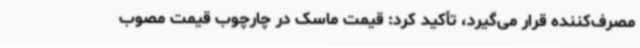
مصرف‌کننده قرار می‌گیرد، تأکید کرد: قیمت ماسک در چارچوب قیمت مصوب